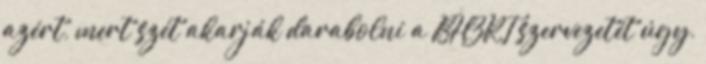
azért, mert szét akarják darabolni a BHZRT szervezetét úgy,